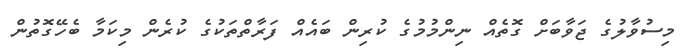
މިސުވާލުގެ ޖަވާބަށް ގޮތެއް ނިންމުމުގެ ކުރިން ބައެއް ފަރާތްތަކުގެ ކުރެން މިކަމާ ބެހޭގޮތުން